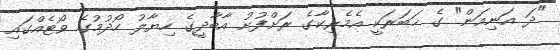
"ދަ އަނިއަން" ގެ ޚަބަރަކީ އެމެރިކާގެ ރަށްފުށު އާބާދީގެ ހިޔާލު ހޯދުމުގެ ވޯޓެއްގައި